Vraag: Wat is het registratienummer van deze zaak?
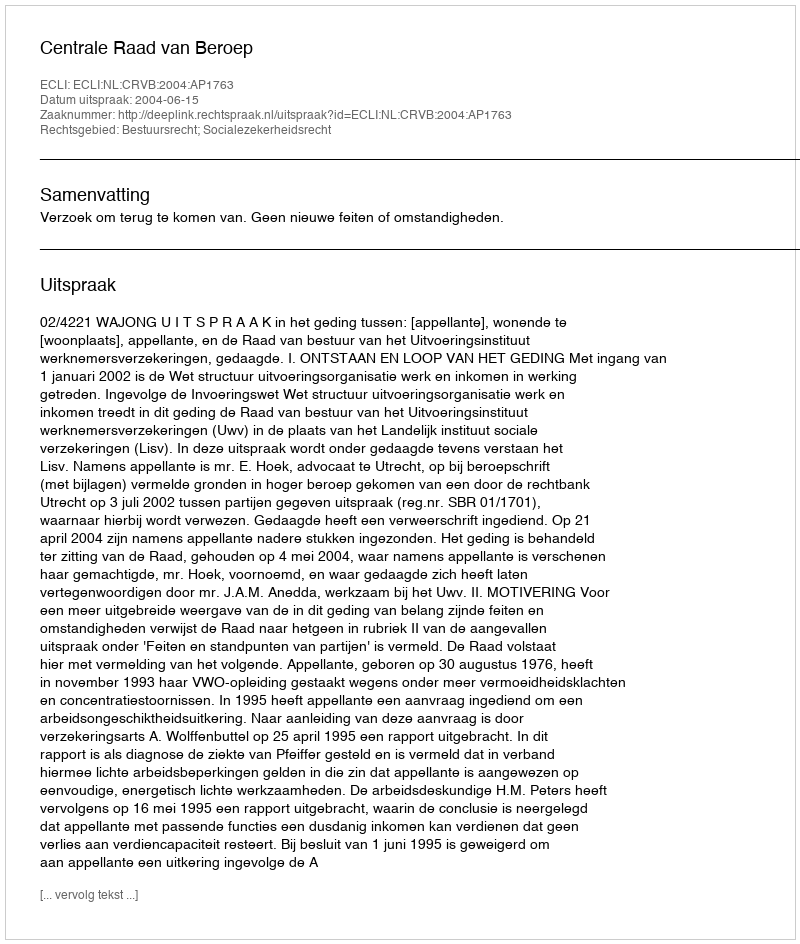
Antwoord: http://deeplink.rechtspraak.nl/uitspraak?id=ECLI:NL:CRVB:2004:AP1763